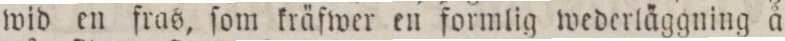
wid en fras, ſom kräfwer en formlig wederläggning å